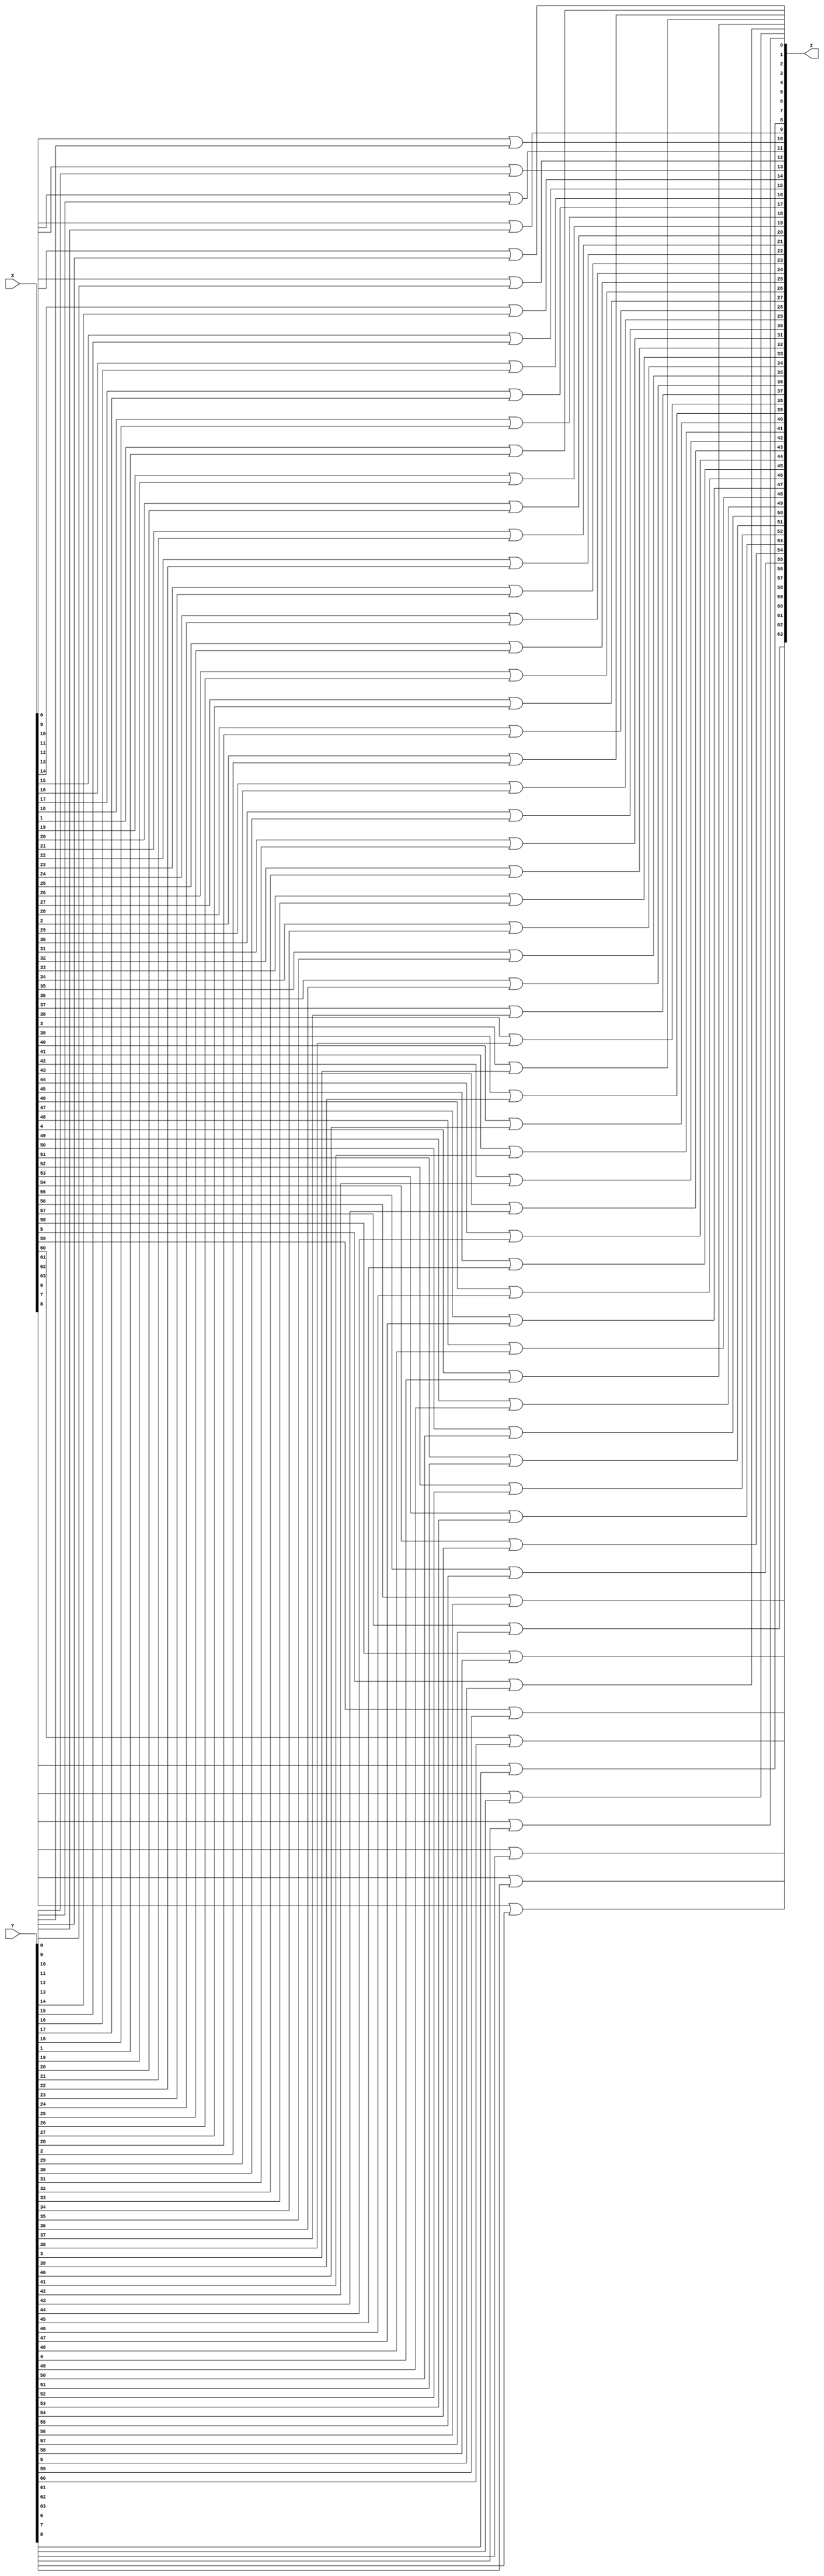
module MOR(input [63:0] X,input [63:0] Y,output [63:0] Z);
genvar a;
generate
    for(a=0;a<64;a=a+1)
        begin:MOR
            or a0(Z[a],X[a],Y[a]);
        end
endgenerate
endmodule

module MUXAND(input [63:0] X,input S0,input S1,output [63:0] Z);
wire code;
    and a1(code,S0,S1);
genvar a;
generate
    for(a=0;a<64;a=a+1)
        begin:AND
            and an(Z[a],X[a],code);
        end
endgenerate
endmodule

module MUX(
    input [63:0] I0,
    input [63:0] I1,
    input [63:0] I2,
    input [63:0] I3,

    input [1:0] control,

    output [63:0] Z
);

wire nc0,nc1;
    not n1(nc0,control[0]);
    not n2(nc1,control[1]);

wire [63:0] O0,O1,O2,O3,im1,im2;

    MUXAND m1(I3,control[0],control[1],O3);
    MUXAND m2(I2,nc0,control[1],O2);
    MUXAND m3(I1,control[0],nc1,O1);
    MUXAND m4(I0,nc0,nc1,O0);

    MOR o1(O0,O1,im1);
    MOR o2(O2,O3,im2);
    MOR op(im1,im2,Z);
    
endmodule